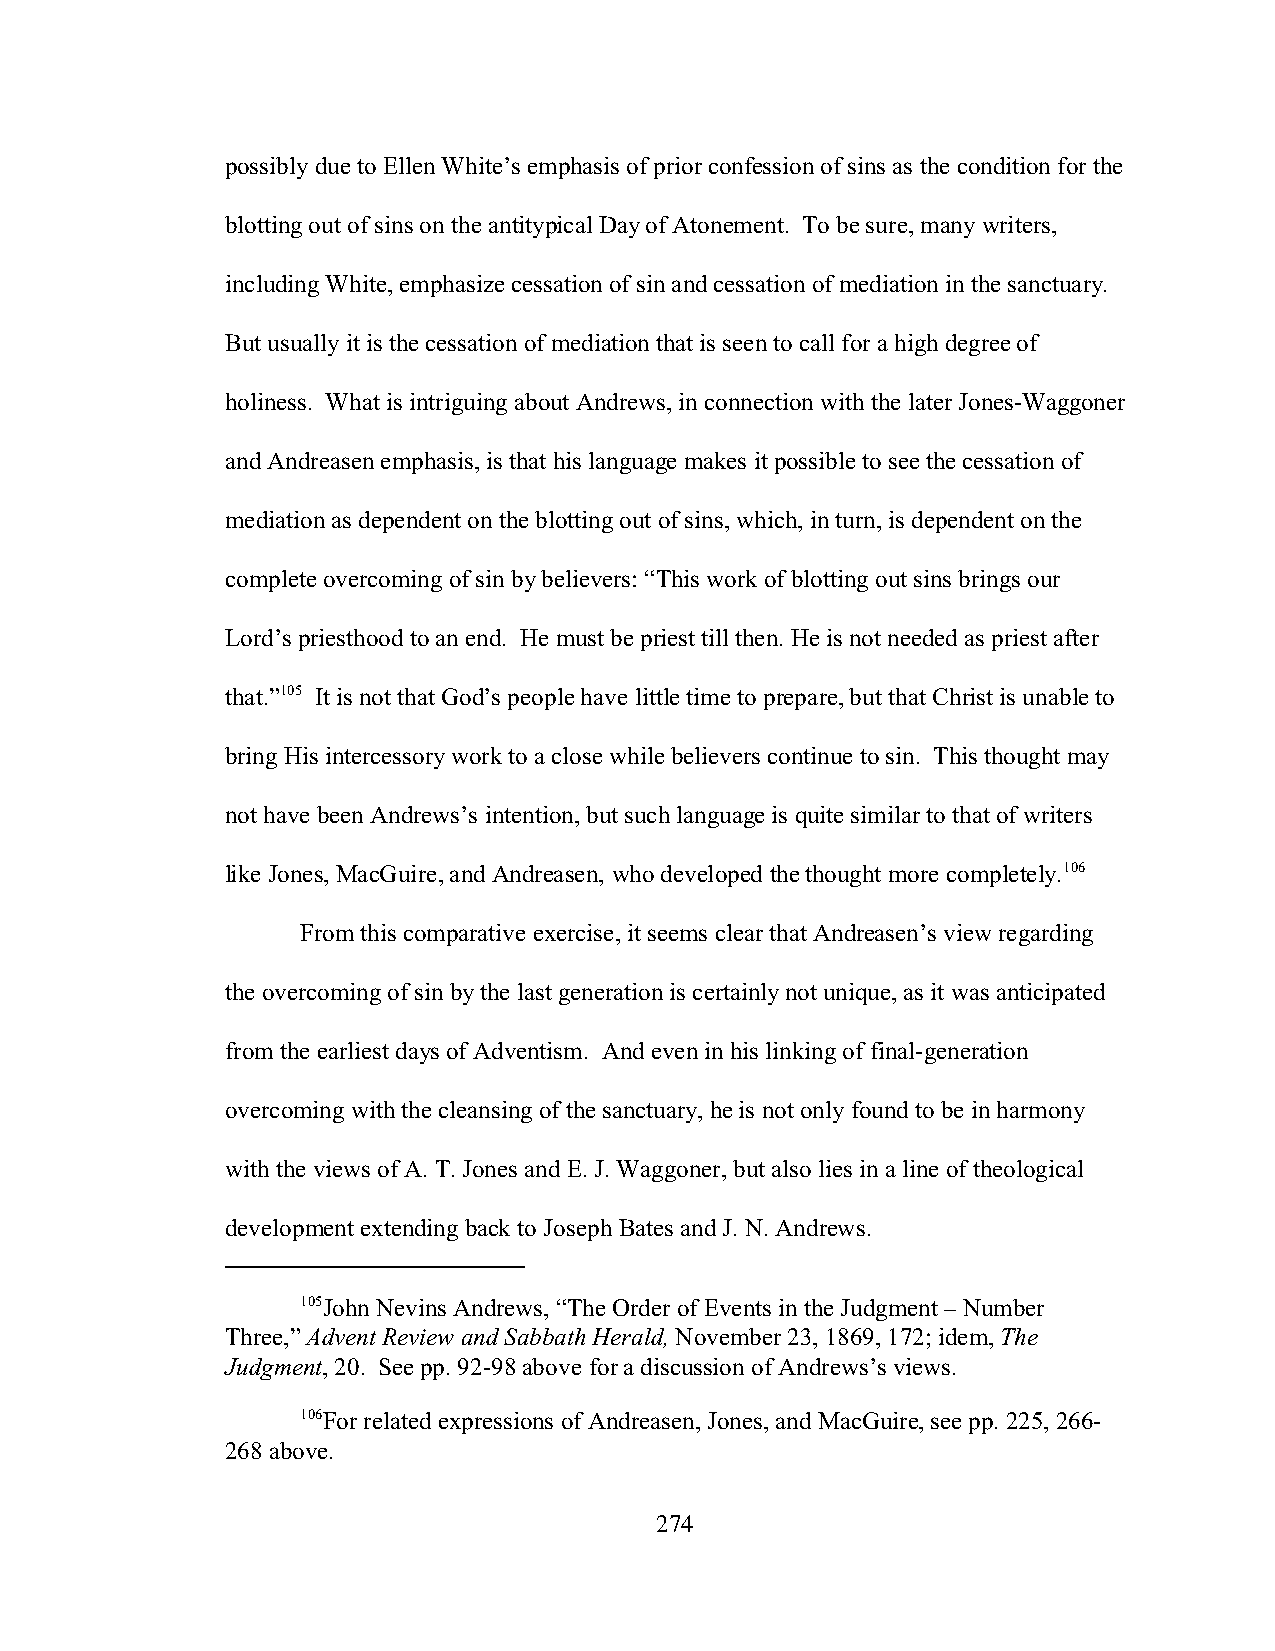
possibly due to Ellen White’s emphasis of prior confession of sins as the condition for the
 blotting out of sins on the antitypical Day of Atonement. To be sure, many writers,
 including White, emphasize cessation of sin and cessation of mediation in the sanctuary.
 But usually it is the cessation of mediation that is seen to call for a high degree of
 holiness. What is intriguing about Andrews, in connection with the later Jones-Waggoner
 and Andreasen emphasis, is that his language makes it possible to see the cessation of
 mediation as dependent on the blotting out of sins, which, in turn, is dependent on the
 complete overcoming of sin by believers: “This work of blotting out sins brings our
 Lord’s priesthood to an end. He must be priest till then. He is not needed as priest after
 that.”105 It is not that God’s people have little time to prepare, but that Christ is unable to
 bring His intercessory work to a close while believers continue to sin. This thought may
 not have been Andrews’s intention, but such language is quite similar to that of writers
 like Jones, MacGuire, and Andreasen, who developed the thought more completely.106
 From this comparative exercise, it seems clear that Andreasen’s view regarding
 the overcoming of sin by the last generation is certainly not unique, as it was anticipated
 from the earliest days of Adventism. And even in his linking of final-generation
 overcoming with the cleansing of the sanctuary, he is not only found to be in harmony
 with the views of A. T. Jones and E. J. Waggoner, but also lies in a line of theological
 development extending back to Joseph Bates and J. N. Andrews.
 105John Nevins Andrews, “The Order of Events in the Judgment – Number
 Three,” Advent Review and Sabbath Herald, November 23, 1869, 172; idem, The
 Judgment, 20. See pp. 92-98 above for a discussion of Andrews’s views.
 106For related expressions of Andreasen, Jones, and MacGuire, see pp. 225, 266-
 268 above.
 274